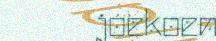
joekoen